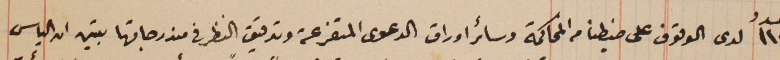
عدد ١١٢ لدى الوقوف على ضبطنا من المحاكمة وسائر اوراق الدعوى المتفرعة وتدقيق النظر فى مندرجاتها تبين ان الياس